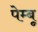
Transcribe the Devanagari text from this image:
पेम्बू